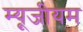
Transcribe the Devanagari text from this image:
म्यूजीयम